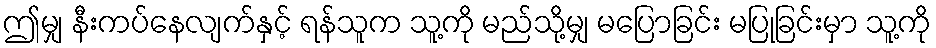
ဤမျှ နီးကပ်နေလျက်နှင့် ရန်သူက သူ့ကို မည်သို့မျှ မပြောခြင်း မပြုခြင်းမှာ သူ့ကို